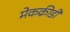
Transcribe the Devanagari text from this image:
मेकक्रीडी